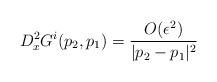
LaTeX: \begin{align*}D_x^2 G^i(p_2,p_1) = \frac{ O(\epsilon^2) }{ |p_2 - p_1|^2} \end{align*}